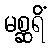
မစ္ဆရိံ